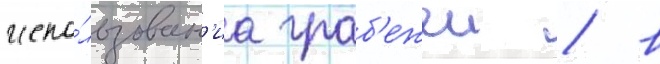
испо́льзован'иа граб'ежеи / в